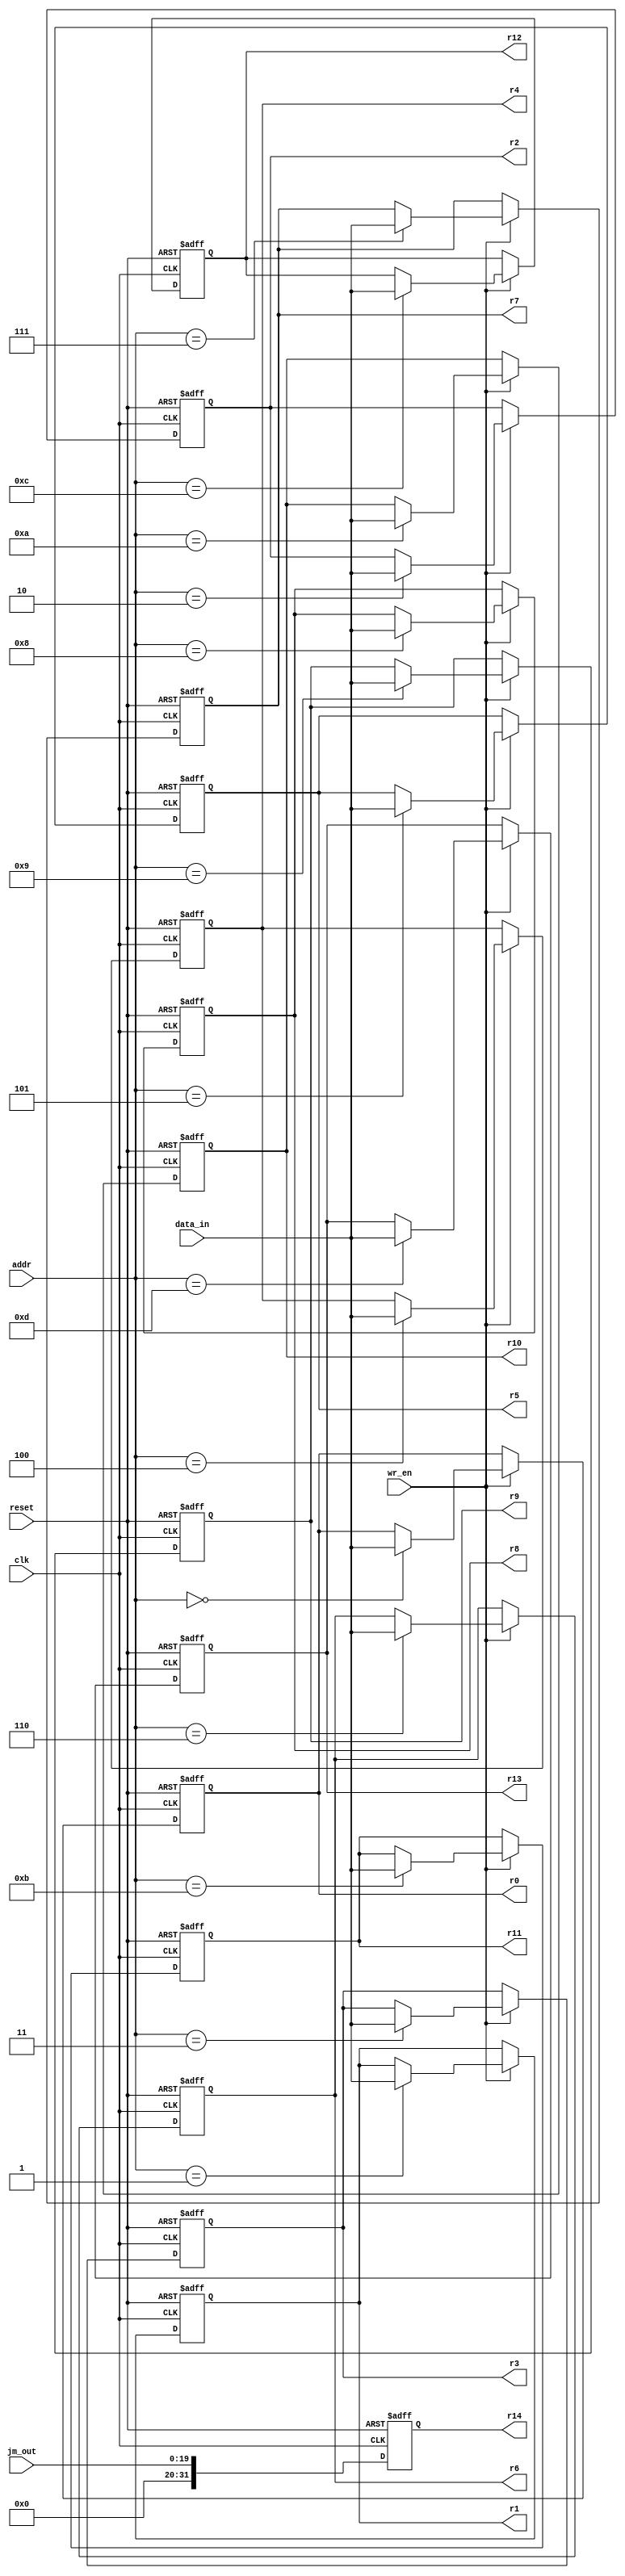
//
//--------------------------------------------------------------------------------
//          THIS FILE WAS AUTOMATICALLY GENERATED BY THE GENESIS2 ENGINE        
//  FOR MORE INFORMATION: OFER SHACHAM (CHIP GENESIS INC / STANFORD VLSI GROUP)
//    !! THIS VERSION OF GENESIS2 IS NOT FOR ANY COMMERCIAL USE !!
//     FOR COMMERCIAL LICENSE CONTACT SHACHAM@ALUMNI.STANFORD.EDU
//--------------------------------------------------------------------------------
//
//  
//	-----------------------------------------------
//	|            Genesis Release Info             |
//	|  $Change: 11789 $ --- $Date: 2013/03/25 $   |
//	-----------------------------------------------
//	
//
//  Source file: /nobackup/nikhil3/github/CGRAGenerator/hardware/generator_z/global_controller/analog_regfile.vp
//  Source template: analog_regfile
//
// --------------- Begin Pre-Generation Parameters Status Report ---------------
//
//	From 'generate' statement (priority=5):
// Parameter num_regs 	= 15
//
//		---- ---- ---- ---- ---- ---- ---- ---- ---- ---- ----
//
//	From Command Line input (priority=4):
//
//		---- ---- ---- ---- ---- ---- ---- ---- ---- ---- ----
//
//	From XML input (priority=3):
//
//		---- ---- ---- ---- ---- ---- ---- ---- ---- ---- ----
//
//	From Config File input (priority=2):
//
// ---------------- End Pre-Generation Pramameters Status Report ----------------

/********************************************************************
Control Registers for analog stuff in CGRA
********************************************************************/

// data_width (_GENESIS2_DECLARATION_PRIORITY_) = 32
//
// num_regs (_GENESIS2_INHERITANCE_PRIORITY_) = 15
//
// addr_width (_GENESIS2_DECLARATION_PRIORITY_) = 32
//

module analog_regfile (
addr,
data_in,
wr_en,
jm_out,
r0,
r1,
r2,
r3,
r4,
r5,
r6,
r7,
r8,
r9,
r10,
r11,
r12,
r13,
r14,
clk,
reset
);

input clk;
input reset;
input wr_en;
input [19:0] jm_out;
input [31:0] addr;
input [31:0] data_in;
output reg [31:0] r0;
output reg [31:0] r1;
output reg [31:0] r2;
output reg [31:0] r3;
output reg [31:0] r4;
output reg [31:0] r5;
output reg [31:0] r6;
output reg [31:0] r7;
output reg [31:0] r8;
output reg [31:0] r9;
output reg [31:0] r10;
output reg [31:0] r11;
output reg [31:0] r12;
output reg [31:0] r13;
output reg [31:0] r14;

always @ (posedge clk or posedge reset) begin
	if(reset==1) begin
		r0 <= 32'b0;
		r1 <= 32'b0;
		r2 <= 32'b0;
		r3 <= 32'b0;
		r4 <= 32'b0;
		r5 <= 32'b0;
		r6 <= 32'b0;
		r7 <= 32'b0;
		r8 <= 32'b0;
		r9 <= 32'b0;
		r10 <= 32'b0;
		r11 <= 32'b0;
		r12 <= 32'b0;
		r13 <= 32'b0;
		r14 <= 32'b0;
	end //if reset
	else begin
	r14 <= {12'b0,jm_out};
		if(wr_en == 1) begin
			case(addr)
				32'd0: begin
					r0 <= data_in;
				end
				32'd1: begin
					r1 <= data_in;
				end
				32'd2: begin
					r2 <= data_in;
				end
				32'd3: begin
					r3 <= data_in;
				end
				32'd4: begin
					r4 <= data_in;
				end
				32'd5: begin
					r5 <= data_in;
				end
				32'd6: begin
					r6 <= data_in;
				end
				32'd7: begin
					r7 <= data_in;
				end
				32'd8: begin
					r8 <= data_in;
				end
				32'd9: begin
					r9 <= data_in;
				end
				32'd10: begin
					r10 <= data_in;
				end
				32'd11: begin
					r11 <= data_in;
				end
				32'd12: begin
					r12 <= data_in;
				end
				32'd13: begin
					r13 <= data_in;
				end
			endcase
		end
	end //else	
end //always


endmodule